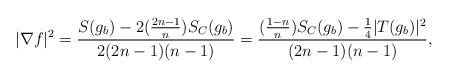
LaTeX: \begin{align*}|\nabla f|^2=\frac{S(g_b)-2(\frac{2n-1}{n})S_C(g_b)}{2(2n-1)(n-1)}=\frac{(\frac{1-n}{n})S_C(g_b)-\frac{1}{4}|T(g_b)|^2}{(2n-1)(n-1)},\end{align*}